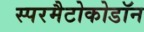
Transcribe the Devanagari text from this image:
स्परमैटोकोडॉन